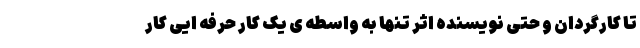
تا کارگردان و حتی نویسنده اثر تنها به واسطه ی یک کار حرفه ایی کار